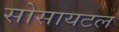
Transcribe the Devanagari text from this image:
सोसायटल